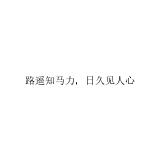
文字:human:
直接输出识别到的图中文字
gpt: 路遥知马力，日久见人心